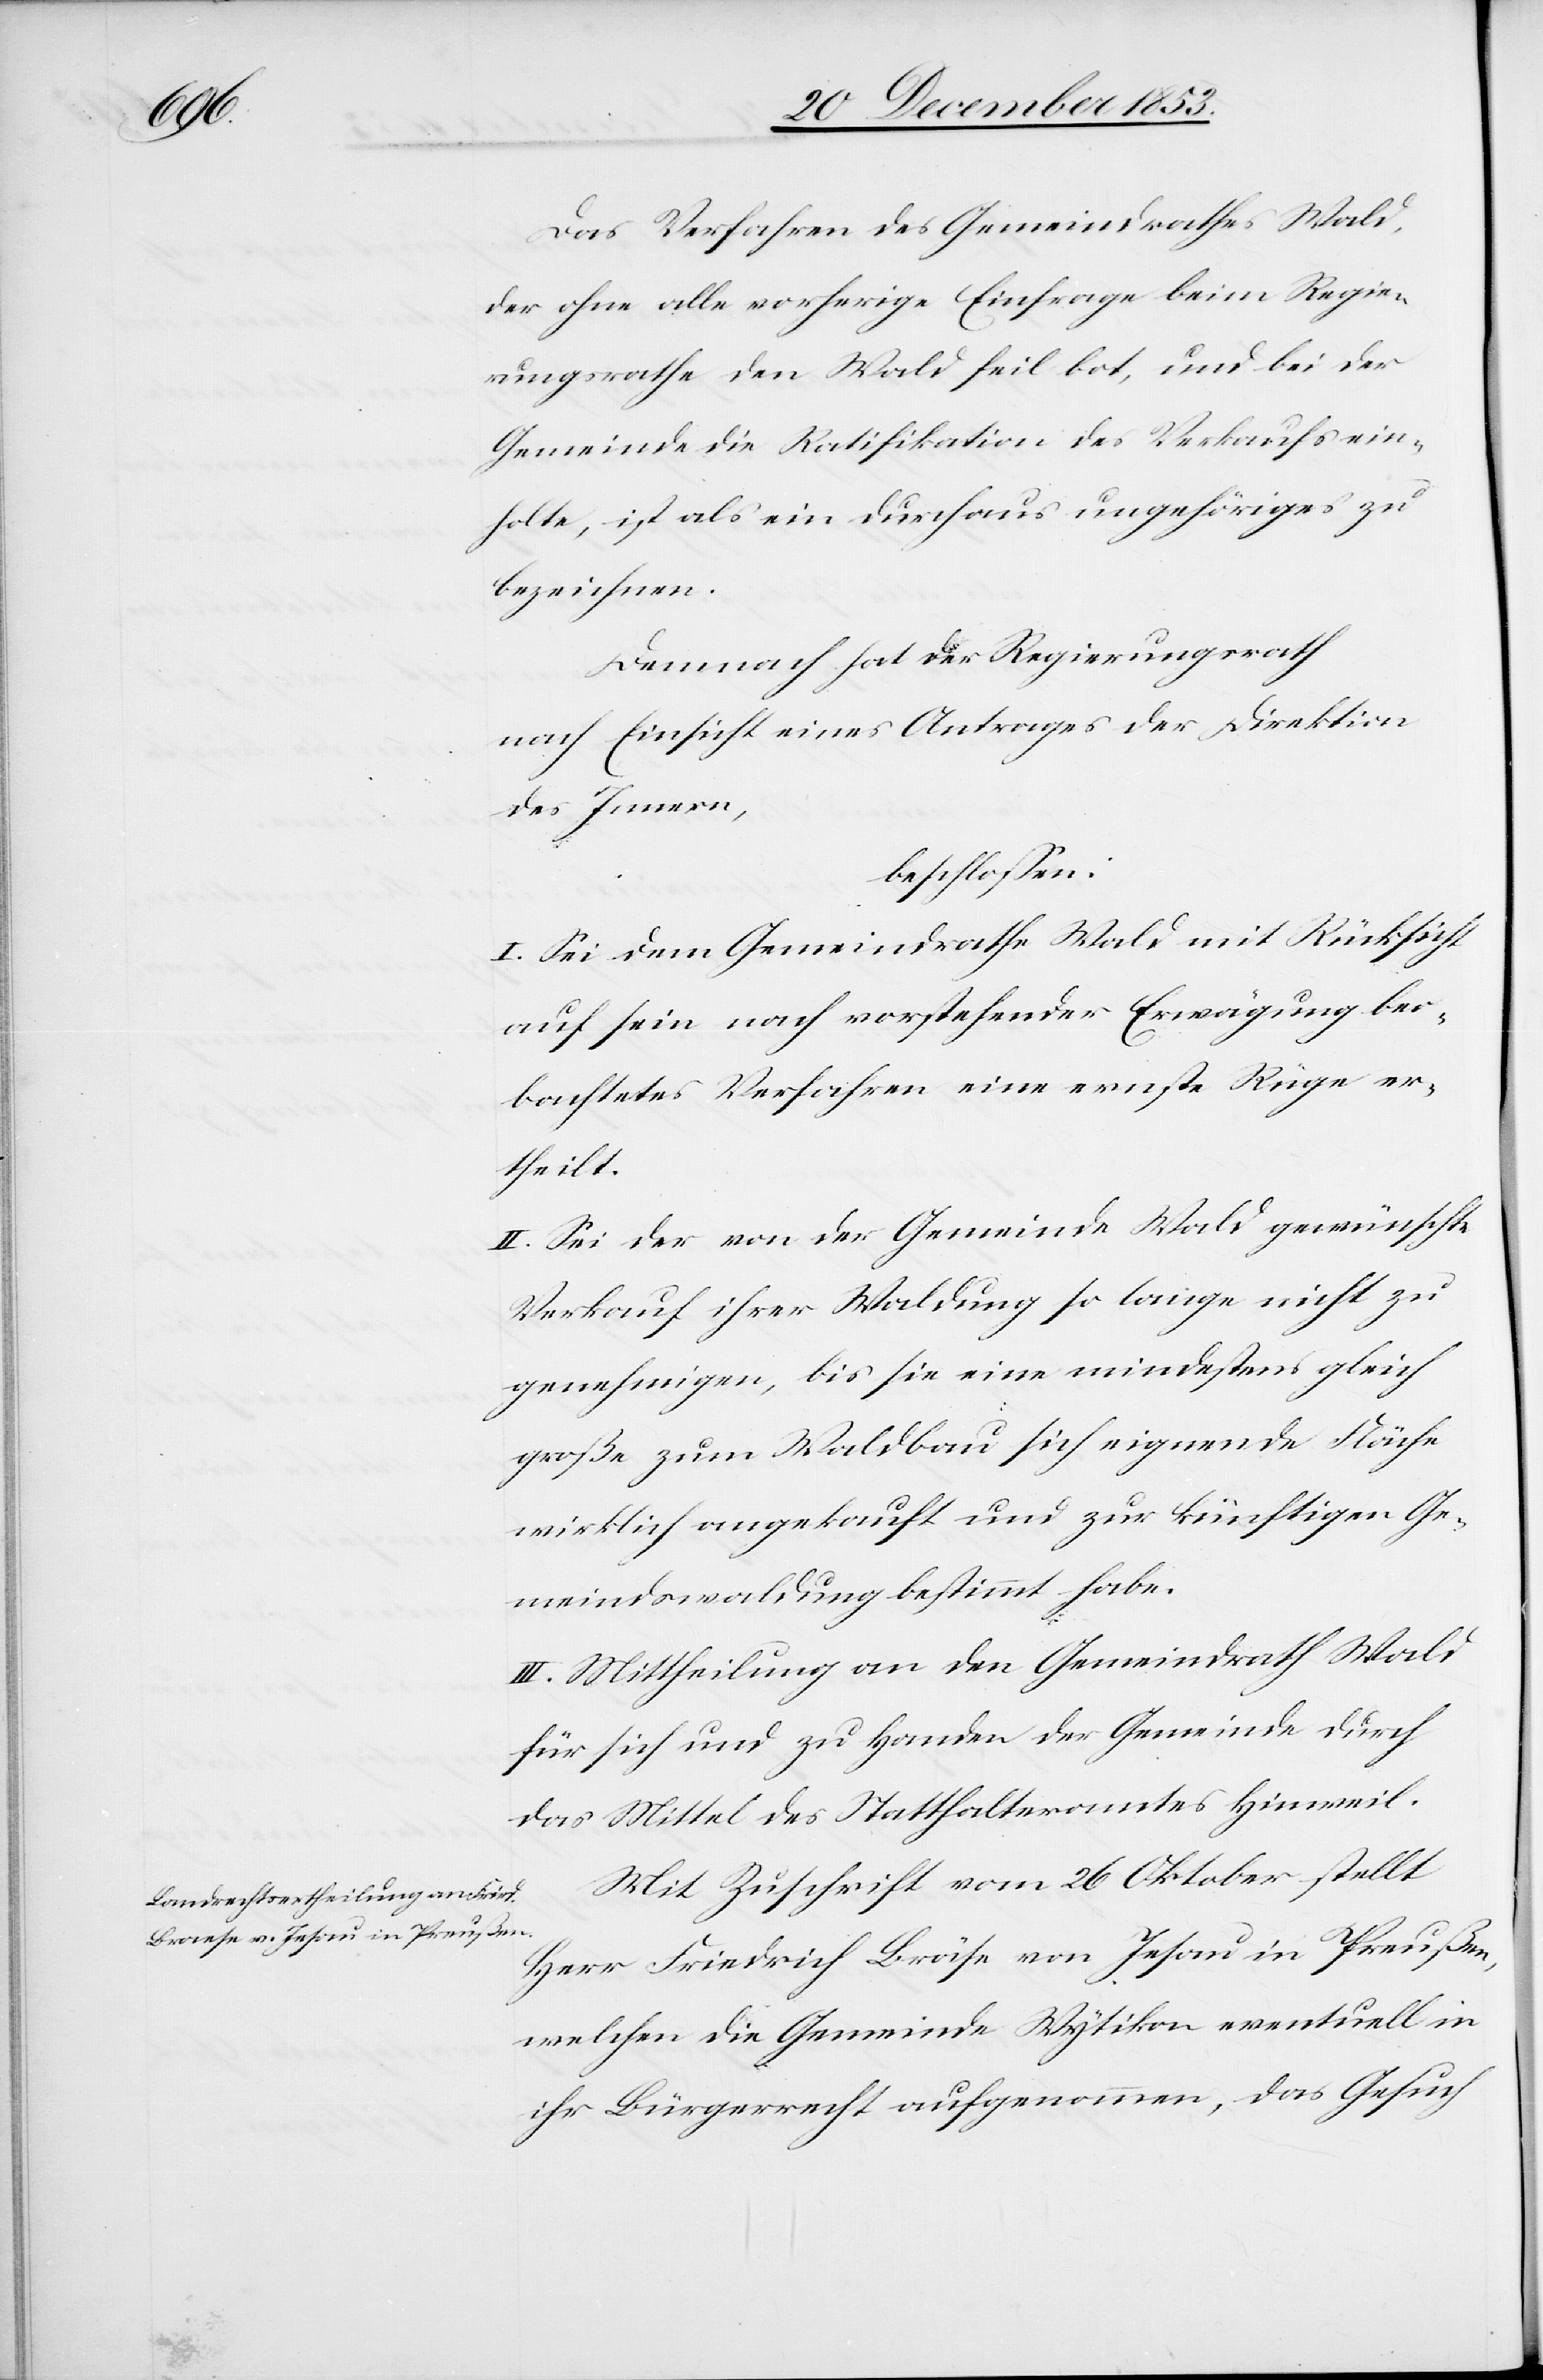
Das Verfahren des Gemeindrathes Wald,
der ohne alle vorherige Einfrage beim Regie¬
rungsrathe den Wald feil bot, und bei der
Gemeinde die Ratifikation des Verkaufs ein¬
holte, ist als ein durchaus ungehöriges zu
bezeichnen.
Demnach hat der Regierungsrath
nach Einsicht eines Antrages der Direktion
des Innern,
beschloßen:
I. Sei dem Gemeindrathe Wald mit Rücksicht
auf sein nach vorstehender Erwägung beo¬
bachtetes Verfahren eine ernste Rüge er¬
theilt.
II. Sei der von der Gemeinde Wald gewünschte
Verkauf ihrer Waldung so lange nicht zu
genehmigen, bis sie eine mindestens gleich
große zum Waldbau sich eignende Fläche
wirklich angekauft und zur künftigen Ge¬
meindswaldung bestimmt habe.
III. Mittheilung an den Gemeindrath Wald
für sich und zu Handen der Gemeinde durch
das Mittel des Statthalteramtes Hinweil.
Mit Zuschrift vom 26 Oktober stellt
Herr Friedrich Bräse von Jesau in Preußen,
welchen die Gemeinde Wytikon eventuell in
ihr Bürgerrecht aufgenommen, das Gesuch